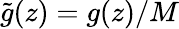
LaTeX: \tilde{g}(z)=g(z)/M